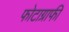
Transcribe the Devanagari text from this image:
फोटाग्राफी